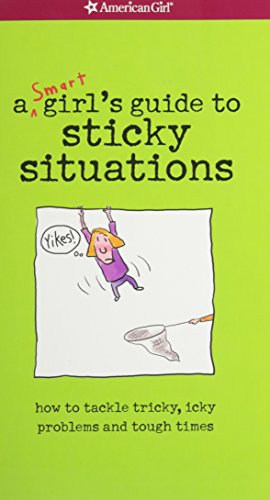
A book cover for Yikes! A Smart Girl's Guide To Surviving Tricky, Sticky, Icky Situations; American Girl Editors; Children's Books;